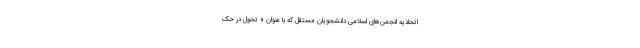
اتحادیه انجمن‌های اسلامی دانشجویان مستقل که با عنوان « تحول در حک